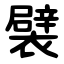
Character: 襞